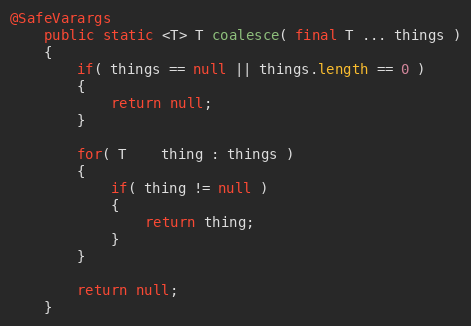
Language: Java
@SafeVarargs
    public static <T> T coalesce( final T ... things )
    {
        if( things == null || things.length == 0 )
        {
            return null;
        }

        for( T    thing : things )
        {
            if( thing != null )
            {
                return thing;
            }
        }

        return null;
    }